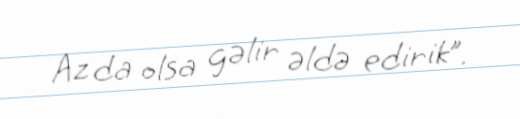
Az da olsa gəlir əldə edirik”.